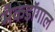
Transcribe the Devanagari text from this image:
मैकडॉगाल